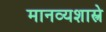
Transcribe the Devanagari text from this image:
मानव्यशास्त्रे